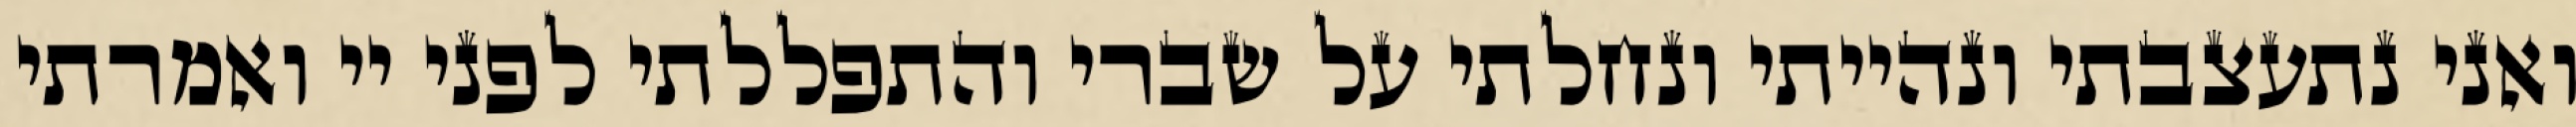
ואני נתעצבתי ונהייתי ונחלתי על שברי והתפללתי לפני יי ואמרתי